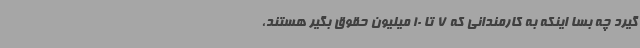
گیرد چه بسا اینکه به کارمندانی که 7 تا 10 میلیون حقوق بگیر هستند،